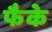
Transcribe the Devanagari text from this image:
फैके